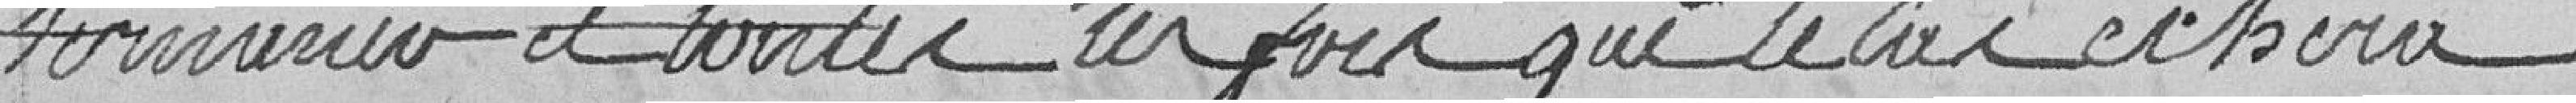
terminer et toutes les fois que le cas écherra